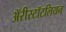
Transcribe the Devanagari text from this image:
ॲरीस्टॉटलियन